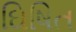
ઘિષિત